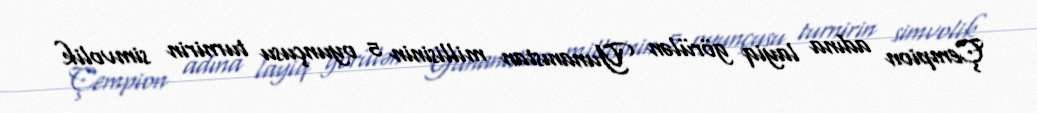
Çempion adına layiq görülən Yunanıstan millisinin 5 oyunçusu turnirin simvolik